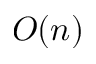
O ( n )